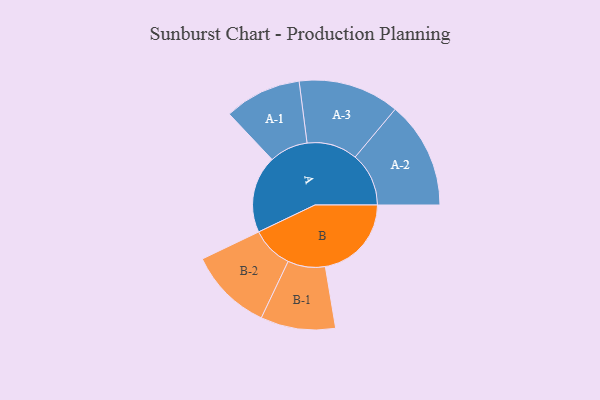
{"axis": {"x": "Segment", "y": "Value"}, "legend": ["", "A", "B"], "data": [{"x": "A", "y": 411, "type": ""}, {"x": "B", "y": 458, "type": ""}, {"x": "A-1", "y": 205, "type": "A"}, {"x": "A-2", "y": 285, "type": "A"}, {"x": "A-3", "y": 269, "type": "A"}, {"x": "B-1", "y": 199, "type": "B"}, {"x": "B-2", "y": 222, "type": "B"}]}